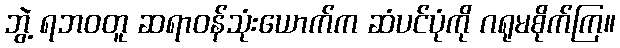
ဘွဲ့ ရဘဝတူ ဆရာဝန်သုံးယောက်က ဆံပင်ပုံကို ဂရုမစိုက်ကြ။